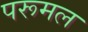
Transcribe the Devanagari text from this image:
परूमल